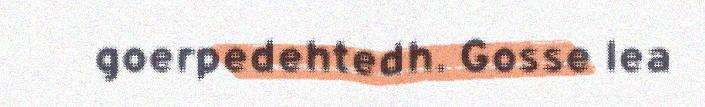
goerpedehtedh. Gosse lea